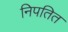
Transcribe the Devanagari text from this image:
निपतित